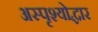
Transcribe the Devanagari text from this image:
अस्पृश्योद्धार